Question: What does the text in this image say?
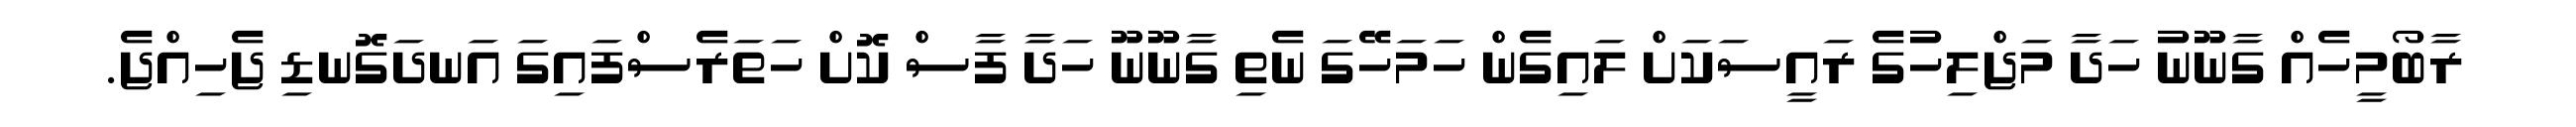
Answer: ރާބޯމީހެއް ގާނޫނު ހަދާ މަޖްލިހުގެ ރައީސަކަށް ލައިގެން ހަމަހޭގަ ނެތި ގާނޫނޫ ހަދާ ފާސް ކޮށް ހަތަރެސްފައިގަ އަނދަގޮނޑި ޖެހިއްޖެ.